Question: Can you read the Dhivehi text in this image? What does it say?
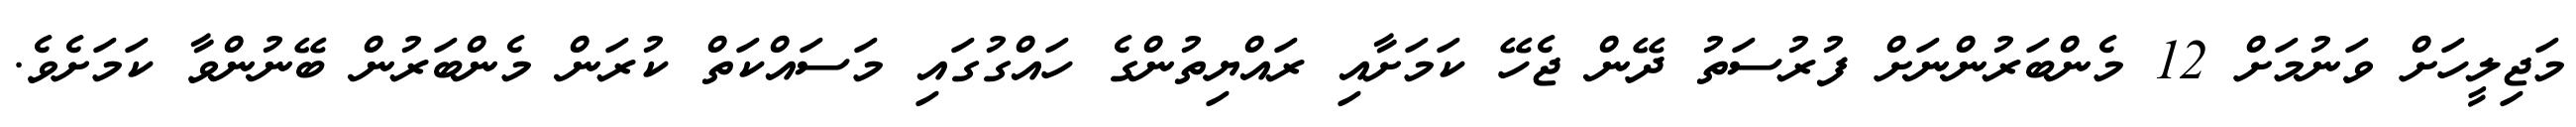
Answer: މަޖިލީހަށް ވަނުމަށް 12 މެންބަރުންނަށް ފުރުސަތު ދޭން ޖެހޭ ކަމަށާއި ރައްޔިތުންގެ ހައްގުގައި މަސައްކަތް ކުރަން މެންބަރުން ބޭނުންވާ ކަމަށެވެ.